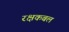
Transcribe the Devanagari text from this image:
रक्षकबल